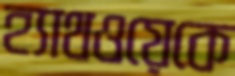
হ্যাথওয়েকে